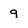
Character: 9